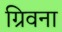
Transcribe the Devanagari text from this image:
ग्रिवना